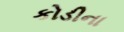
કોડીના